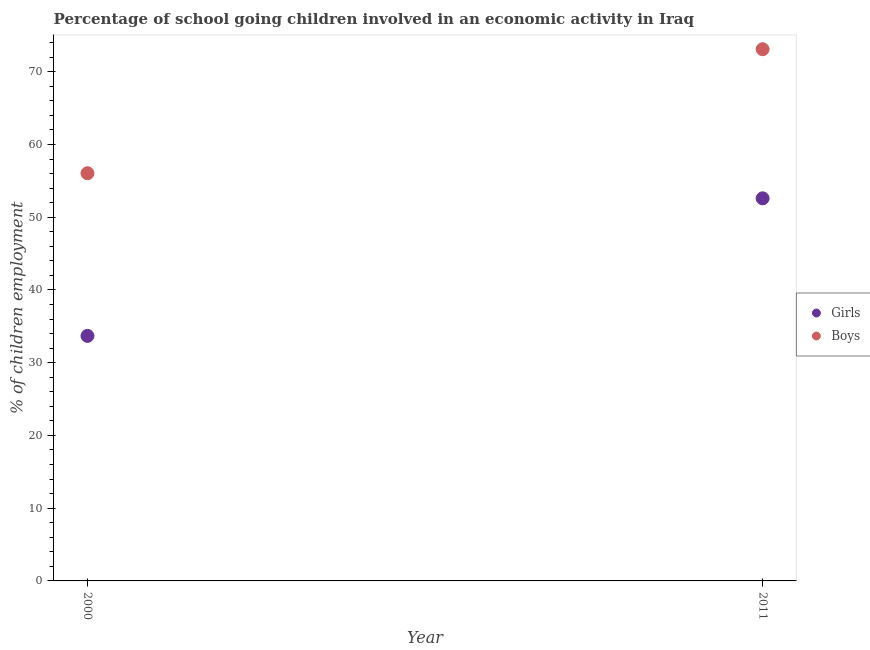
| Year | Girls | Boys |
 | --- | --- | --- |
 | 2000 | 33.7 | 56.1 |
 | 2011 | 52.6 | 73.1 |